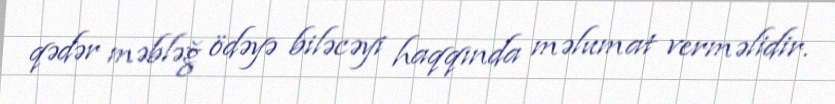
qədər məbləğ ödəyə biləcəyi haqqında məlumat verməlidir.